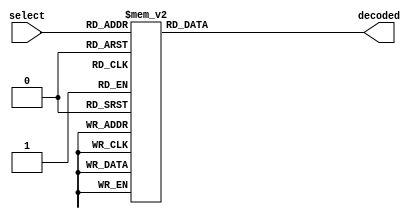
module Decoder_4to16 (
	output [15:0] decoded,
	input [3:0] select);
	
	reg [15:0] decoded;
	wire [3:0] select;
	
	// When the select value changes, take a new sample
	// The chosen "decoded" values below were selected to easily identify the correct
	// changes on the output
	// Note: These outputs were personaly selected for a fluid waveform and are not fixed
	always @ (select) begin
		case (select)
			4'b0000 : decoded = 16'b0000_0000_0000_0001;
			4'b0001 : decoded = 16'b0000_0000_0000_0010;
			4'b0010 : decoded = 16'b0000_0000_0000_0100;
			4'b0011 : decoded = 16'b0000_0000_0000_1000;
			4'b0100 : decoded = 16'b0000_0000_0001_0000;
			4'b0101 : decoded = 16'b0000_0000_0010_0000;
			4'b0110 : decoded = 16'b0000_0000_0100_0000;
			4'b0111 : decoded = 16'b0000_0000_1000_0000;
			4'b1000 : decoded = 16'b0000_0001_0000_0000;
			4'b1001 : decoded = 16'b0000_0010_0000_0000;
			4'b1010 : decoded = 16'b0000_0100_0000_0000;
			4'b1011 : decoded = 16'b0000_1000_0000_0000;
			4'b1100 : decoded = 16'b0001_0000_0000_0000;
			4'b1101 : decoded = 16'b0010_0000_0000_0000;
			4'b1110 : decoded = 16'b0100_0000_0000_0000;
			4'b1111 : decoded = 16'b1000_0000_0000_0000;
			default : decoded = 16'b0000_0000_0000_0000;
		endcase
	end
	
endmodule